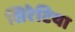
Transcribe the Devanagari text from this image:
सिरेटिया